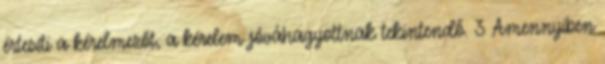
értesíti a kérelmezőt, a kérelem jóváhagyottnak tekintendő. 3 Amennyiben